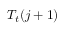
T _ { t } ( j + 1 )